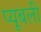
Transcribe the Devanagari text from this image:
प्यूबली